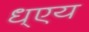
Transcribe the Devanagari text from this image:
ध्एय